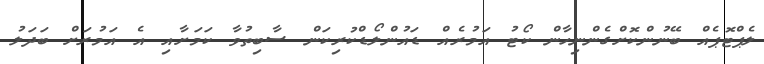
ލެޕްޓޮޕެއް ބޭނުންކޮށްގެންނިހާން ކޯޓު އަމުރެއް ޑައުންލޯޑްކުރިކަން ސާބިތުވާ ކަމަށާއި އެ އަމުރަށް ބަދަލު